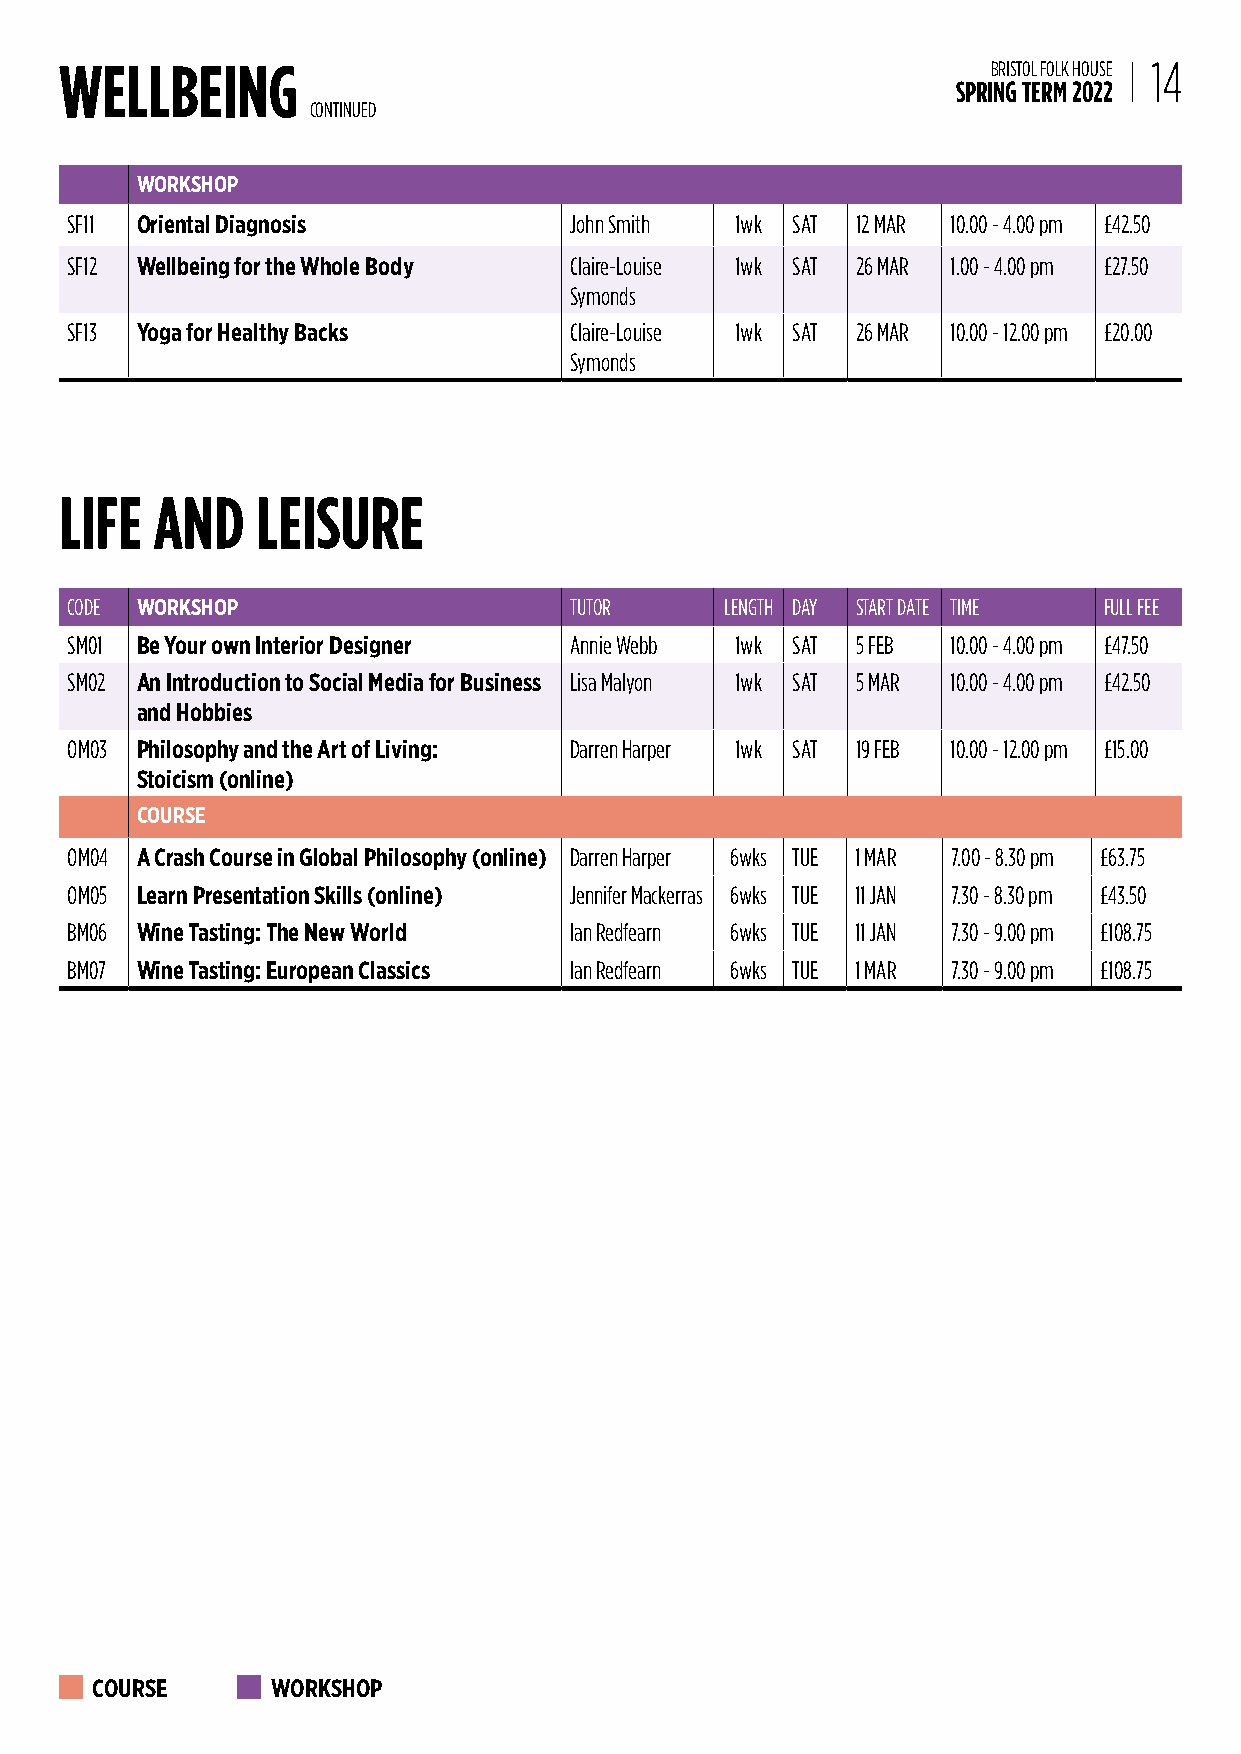
WELLBEING                                                     BRISTOL FOLK HOUSE 14
 SPRING TERM 2022
 CONTINUED
 WORKSHOP
 SF11 Oriental Diagnosis           John Smith 1wk SAT 12 MAR 10.00 - 4.00 pm £42.50
 SF12 Wellbeing for the Whole Body Claire-Louise 1wk SAT 26 MAR 1.00 - 4.00 pm £27.50
 Symonds
 SF13 Yoga for Healthy Backs       Claire-Louise 1wk SAT 26 MAR 10.00 - 12.00 pm £20.00
 Symonds
 LIFE  AND    LEISURE
 CODE WORKSHOP                     TUTOR     LENGTH DAY START DATE TIME FULL FEE
 SM01 Be Your own Interior Designer Annie Webb 1wk SAT 5 FEB 10.00 - 4.00 pm £47.50
 SM02 An Introduction to Social Media for Business Lisa Malyon 1wk SAT 5 MAR 10.00 - 4.00 pm £42.50
 and Hobbies
 OM03 Philosophy and the Art of Living: Darren Harper 1wk SAT 19 FEB 10.00 - 12.00 pm £15.00
 Stoicism (online)
 COURSE
 OM04 A Crash Course in Global Philosophy (online) Darren Harper 6wks TUE 1 MAR 7.00 - 8.30 pm £63.75
 OM05 Learn Presentation Skills (online) Jennifer Mackerras 6wks TUE 11 JAN 7.30 - 8.30 pm £43.50
 BM06 Wine Tasting: The New World  Ian Redfearn 6wks TUE 11 JAN 7.30 - 9.00 pm £108.75
 BM07 Wine Tasting: European Classics Ian Redfearn 6wks TUE 1 MAR 7.30 - 9.00 pm £108.75
 COURSE      WORKSHOP